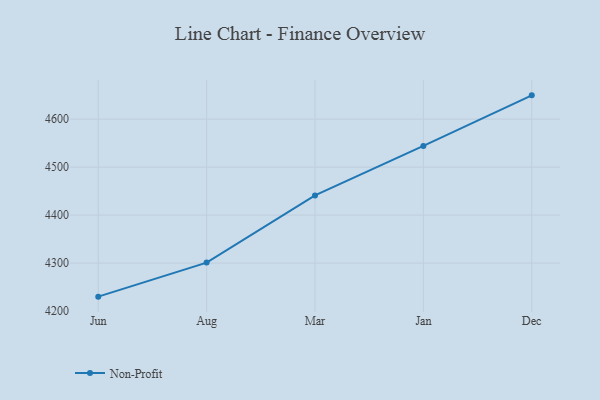
{"axis": {"x": "Month", "y": "Satisfaction Score"}, "legend": ["Non-Profit"], "data": [{"x": "Jun", "y": 4230.1, "type": "Non-Profit"}, {"x": "Aug", "y": 4301.0, "type": "Non-Profit"}, {"x": "Mar", "y": 4441.1, "type": "Non-Profit"}, {"x": "Jan", "y": 4544.1, "type": "Non-Profit"}, {"x": "Dec", "y": 4649.5, "type": "Non-Profit"}]}